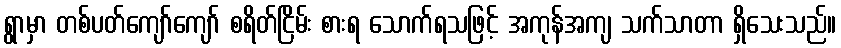
ရွာမှာ တစ်ပတ်ကျော်ကျော် စရိတ်ငြိမ်း စားရ သောက်ရသဖြင့် အကုန်အကျ သက်သာတာ ရှိသေးသည်။